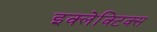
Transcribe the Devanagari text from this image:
इक्लेक्टिक्स